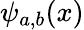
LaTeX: \psi_{a,b}(x)